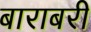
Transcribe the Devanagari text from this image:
बाराबरी